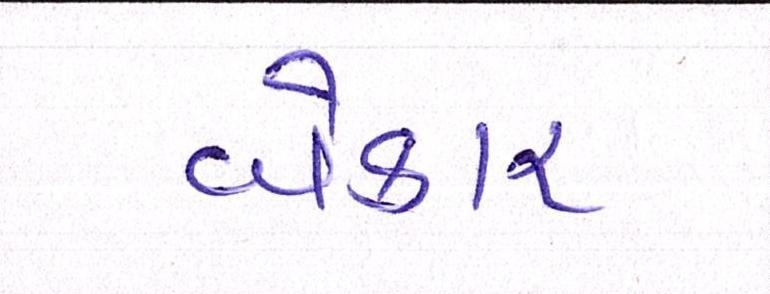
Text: બેકાર